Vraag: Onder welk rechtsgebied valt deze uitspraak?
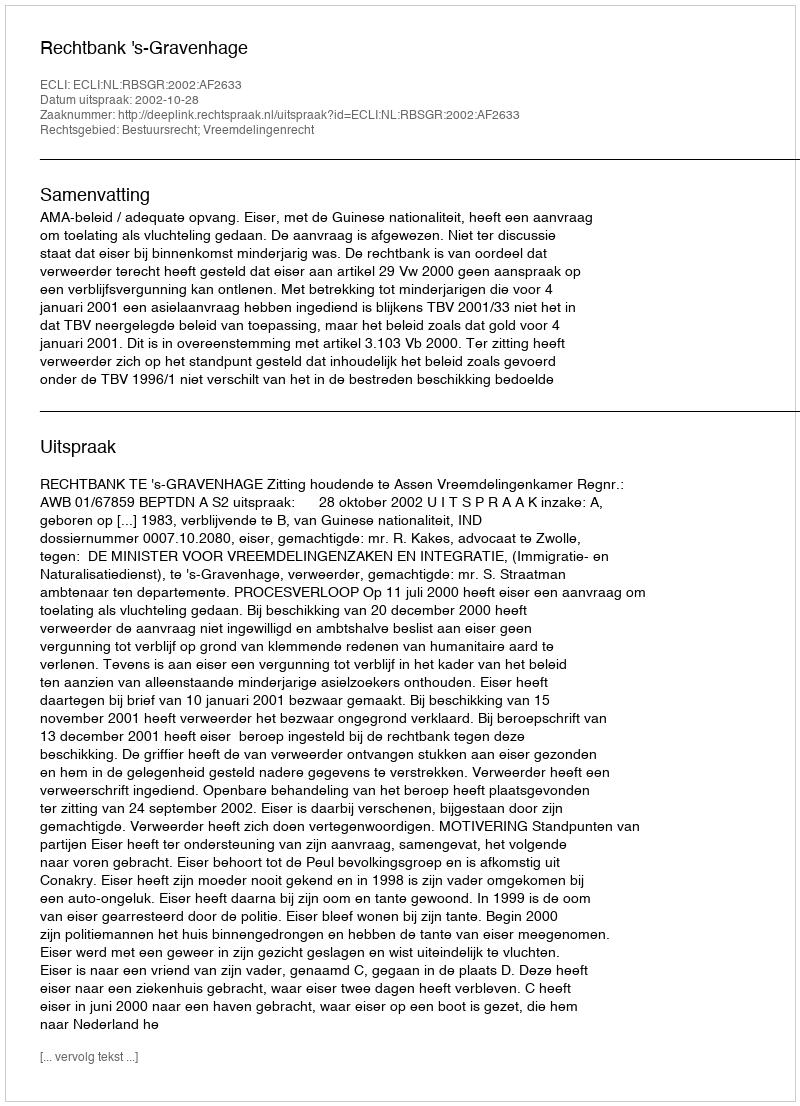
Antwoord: Bestuursrecht; Vreemdelingenrecht